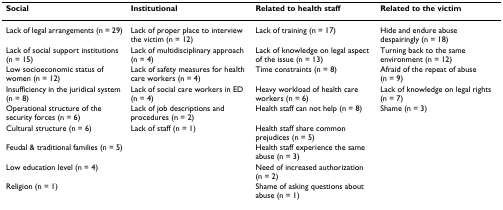
<table><thead><tr><td><b>Social</b></td><td><b>Institutional</b></td><td><b>Related to health staff</b></td><td><b>Related to the victim</b></td></tr></thead><tbody><tr><td>Lack of legal arrangements (n = 29)</td><td>Lack of proper place to interview the victim (n = 12)</td><td>Lack of training (n = 17)</td><td>Hide and endure abuse despairingly (n = 18)</td></tr><tr><td>Lack of social support institutions (n = 15)</td><td>Lack of multidisciplinary approach (n = 4)</td><td>Lack of knowledge on legal aspect of the issue (n = 13)</td><td>Turning back to the same environment (n = 12)</td></tr><tr><td>Low socioeconomic status of women (n = 12)</td><td>Lack of safety measures for health care workers (n = 4)</td><td>Time constraints (n = 8)</td><td>Afraid of the repeat of abuse (n = 9)</td></tr><tr><td>Insufficiency in the juridical system (n = 8)</td><td>Lack of social care workers in ED (n = 4)</td><td>Heavy workload of health care workers (n = 6)</td><td>Lack of knowledge on legal rights (n = 7)</td></tr><tr><td>Operational structure of the security forces (n = 6)</td><td>Lack of job descriptions and procedures (n = 2)</td><td>Health staff can not help (n = 8)</td><td>Shame (n = 3)</td></tr><tr><td>Cultural structure (n = 6)</td><td>Lack of staff (n = 1)</td><td>Health staff share common prejudices (n = 5)</td><td></td></tr><tr><td>Feudal &amp; traditional families (n = 5)</td><td></td><td>Health staff experience the same abuse (n = 3)</td><td></td></tr><tr><td>Low education level (n = 4)</td><td></td><td>Need of increased authorization (n = 2)</td><td></td></tr><tr><td>Religion (n = 1)</td><td></td><td>Shame of asking questions about abuse (n = 1)</td><td></td></tr></tbody></table>